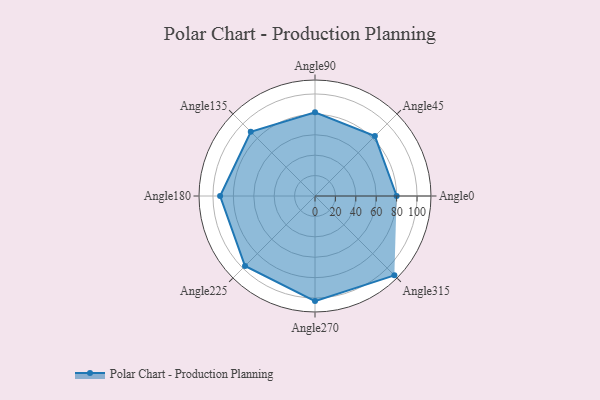
{"axis": {"x": "Angle", "y": "Radius"}, "legend": [""], "data": [{"x": "Angle0", "y": 80.0, "type": ""}, {"x": "Angle45", "y": 83.0, "type": ""}, {"x": "Angle90", "y": 82.0, "type": ""}, {"x": "Angle135", "y": 89.0, "type": ""}, {"x": "Angle180", "y": 93.0, "type": ""}, {"x": "Angle225", "y": 97.0, "type": ""}, {"x": "Angle270", "y": 103.0, "type": ""}, {"x": "Angle315", "y": 110.0, "type": ""}]}